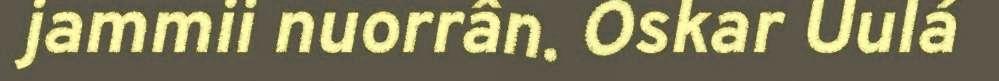
jammii nuorrân. Oskar Uulá